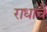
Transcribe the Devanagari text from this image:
राधाचे